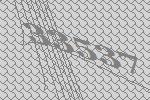
33537